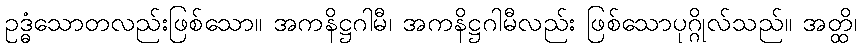
ဥဒ္ဓံသောတလည်းဖြစ်သော။ အကနိဋ္ဌဂါမီ၊ အကနိဋ္ဌဂါမီလည်း ဖြစ်သောပုဂ္ဂိုလ်သည်။ အတ္ထိ၊